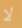
لا